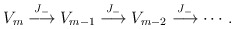
\begin{align*}V_m \stackrel{J_-}{\longrightarrow} V_{m-1} \stackrel{J_-}{\longrightarrow} V_{m-2} \stackrel{J_-}{\longrightarrow} \cdots.\end{align*}